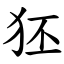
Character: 狉